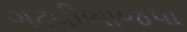
ગઢવીભાજપા